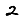
Digit: 2